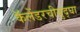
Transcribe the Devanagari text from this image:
कॅलेंडरचीसुद्घा